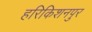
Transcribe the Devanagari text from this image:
हरिकिशनपुर